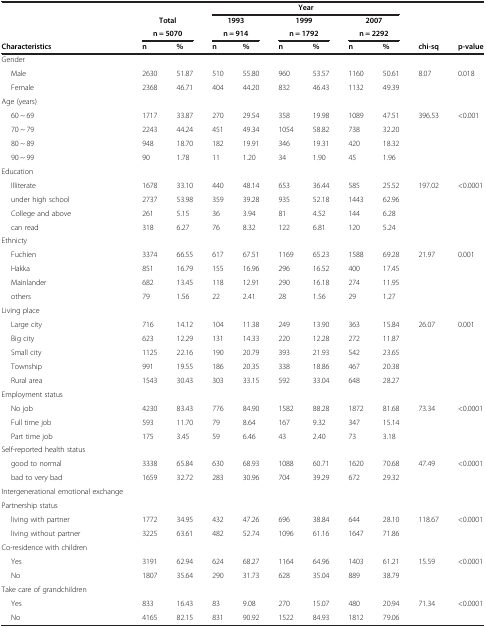
<table><thead><tr><td><b> </b></td><td><b> </b></td><td><b> </b></td><td colspan="6"><b>Year</b></td><td><b> </b></td><td><b> </b></td></tr><tr><td><b> </b></td><td colspan="2"><b>Total</b></td><td colspan="2"><b>1993</b></td><td colspan="2"><b>1999</b></td><td colspan="2"><b>2007</b></td><td><b> </b></td><td><b> </b></td></tr><tr><td><b> </b></td><td colspan="2"><b>n = 5070</b></td><td colspan="2"><b>n = 914</b></td><td colspan="2"><b>n = 1792</b></td><td colspan="2"><b>n = 2292</b></td><td><b> </b></td><td><b> </b></td></tr><tr><td><b>Characteristics</b></td><td><b>n</b></td><td><b>%</b></td><td><b>n</b></td><td><b>%</b></td><td><b>n</b></td><td><b>%</b></td><td><b>n</b></td><td><b>%</b></td><td><b>chi-sq</b></td><td><b>p-value</b></td></tr></thead><tbody><tr><td>Gender</td><td> </td><td> </td><td> </td><td> </td><td> </td><td> </td><td> </td><td> </td><td> </td><td> </td></tr><tr><td>Male</td><td>2630</td><td>51.87</td><td>510</td><td>55.80</td><td>960</td><td>53.57</td><td>1160</td><td>50.61</td><td>8.07</td><td>0.018</td></tr><tr><td>Female</td><td>2368</td><td>46.71</td><td>404</td><td>44.20</td><td>832</td><td>46.43</td><td>1132</td><td>49.39</td><td> </td><td> </td></tr><tr><td>Age (years)</td><td> </td><td> </td><td> </td><td> </td><td> </td><td> </td><td> </td><td> </td><td> </td><td> </td></tr><tr><td>60 ~ 69</td><td>1717</td><td>33.87</td><td>270</td><td>29.54</td><td>358</td><td>19.98</td><td>1089</td><td>47.51</td><td>396.53</td><td>&lt;0.001</td></tr><tr><td>70 ~ 79</td><td>2243</td><td>44.24</td><td>451</td><td>49.34</td><td>1054</td><td>58.82</td><td>738</td><td>32.20</td><td> </td><td> </td></tr><tr><td>80 ~ 89</td><td>948</td><td>18.70</td><td>182</td><td>19.91</td><td>346</td><td>19.31</td><td>420</td><td>18.32</td><td> </td><td> </td></tr><tr><td>90 ~ 99</td><td>90</td><td>1.78</td><td>11</td><td>1.20</td><td>34</td><td>1.90</td><td>45</td><td>1.96</td><td> </td><td> </td></tr><tr><td>Education</td><td> </td><td> </td><td> </td><td> </td><td> </td><td> </td><td> </td><td> </td><td> </td><td> </td></tr><tr><td>Illiterate</td><td>1678</td><td>33.10</td><td>440</td><td>48.14</td><td>653</td><td>36.44</td><td>585</td><td>25.52</td><td>197.02</td><td>&lt;0.0001</td></tr><tr><td>under high school</td><td>2737</td><td>53.98</td><td>359</td><td>39.28</td><td>935</td><td>52.18</td><td>1443</td><td>62.96</td><td> </td><td> </td></tr><tr><td>College and above</td><td>261</td><td>5.15</td><td>36</td><td>3.94</td><td>81</td><td>4.52</td><td>144</td><td>6.28</td><td> </td><td> </td></tr><tr><td>can read</td><td>318</td><td>6.27</td><td>76</td><td>8.32</td><td>122</td><td>6.81</td><td>120</td><td>5.24</td><td> </td><td> </td></tr><tr><td>Ethnicty</td><td> </td><td> </td><td> </td><td> </td><td> </td><td> </td><td> </td><td> </td><td> </td><td> </td></tr><tr><td>Fuchien</td><td>3374</td><td>66.55</td><td>617</td><td>67.51</td><td>1169</td><td>65.23</td><td>1588</td><td>69.28</td><td>21.97</td><td>0.001</td></tr><tr><td>Hakka</td><td>851</td><td>16.79</td><td>155</td><td>16.96</td><td>296</td><td>16.52</td><td>400</td><td>17.45</td><td> </td><td> </td></tr><tr><td>Mainlander</td><td>682</td><td>13.45</td><td>118</td><td>12.91</td><td>290</td><td>16.18</td><td>274</td><td>11.95</td><td> </td><td> </td></tr><tr><td>others</td><td>79</td><td>1.56</td><td>22</td><td>2.41</td><td>28</td><td>1.56</td><td>29</td><td>1.27</td><td> </td><td> </td></tr><tr><td>Living place</td><td> </td><td> </td><td> </td><td> </td><td> </td><td> </td><td> </td><td> </td><td> </td><td> </td></tr><tr><td>Large city</td><td>716</td><td>14.12</td><td>104</td><td>11.38</td><td>249</td><td>13.90</td><td>363</td><td>15.84</td><td>26.07</td><td>0.001</td></tr><tr><td>Big city</td><td>623</td><td>12.29</td><td>131</td><td>14.33</td><td>220</td><td>12.28</td><td>272</td><td>11.87</td><td> </td><td> </td></tr><tr><td>Small city</td><td>1125</td><td>22.16</td><td>190</td><td>20.79</td><td>393</td><td>21.93</td><td>542</td><td>23.65</td><td> </td><td> </td></tr><tr><td>Township</td><td>991</td><td>19.55</td><td>186</td><td>20.35</td><td>338</td><td>18.86</td><td>467</td><td>20.38</td><td> </td><td> </td></tr><tr><td>Rural area</td><td>1543</td><td>30.43</td><td>303</td><td>33.15</td><td>592</td><td>33.04</td><td>648</td><td>28.27</td><td> </td><td> </td></tr><tr><td>Employment status</td><td> </td><td> </td><td> </td><td> </td><td> </td><td> </td><td> </td><td> </td><td> </td><td> </td></tr><tr><td>No job</td><td>4230</td><td>83.43</td><td>776</td><td>84.90</td><td>1582</td><td>88.28</td><td>1872</td><td>81.68</td><td>73.34</td><td>&lt;0.0001</td></tr><tr><td>Full time job</td><td>593</td><td>11.70</td><td>79</td><td>8.64</td><td>167</td><td>9.32</td><td>347</td><td>15.14</td><td> </td><td> </td></tr><tr><td>Part time job</td><td>175</td><td>3.45</td><td>59</td><td>6.46</td><td>43</td><td>2.40</td><td>73</td><td>3.18</td><td> </td><td> </td></tr><tr><td>Self-reported health status</td><td> </td><td> </td><td> </td><td> </td><td> </td><td> </td><td> </td><td> </td><td> </td><td> </td></tr><tr><td>good to normal</td><td>3338</td><td>65.84</td><td>630</td><td>68.93</td><td>1088</td><td>60.71</td><td>1620</td><td>70.68</td><td>47.49</td><td>&lt;0.0001</td></tr><tr><td>bad to very bad</td><td>1659</td><td>32.72</td><td>283</td><td>30.96</td><td>704</td><td>39.29</td><td>672</td><td>29.32</td><td> </td><td> </td></tr><tr><td>Intergenerational emotional exchange</td><td> </td><td> </td><td> </td><td> </td><td> </td><td> </td><td> </td><td> </td><td> </td><td> </td></tr><tr><td>Partnership status</td><td> </td><td> </td><td> </td><td> </td><td> </td><td> </td><td> </td><td> </td><td> </td><td> </td></tr><tr><td>living with partner</td><td>1772</td><td>34.95</td><td>432</td><td>47.26</td><td>696</td><td>38.84</td><td>644</td><td>28.10</td><td>118.67</td><td>&lt;0.0001</td></tr><tr><td>living without partner</td><td>3225</td><td>63.61</td><td>482</td><td>52.74</td><td>1096</td><td>61.16</td><td>1647</td><td>71.86</td><td> </td><td> </td></tr><tr><td>Co-residence with children</td><td> </td><td> </td><td> </td><td> </td><td> </td><td> </td><td> </td><td> </td><td> </td><td> </td></tr><tr><td>Yes</td><td>3191</td><td>62.94</td><td>624</td><td>68.27</td><td>1164</td><td>64.96</td><td>1403</td><td>61.21</td><td>15.59</td><td>&lt;0.0001</td></tr><tr><td>No</td><td>1807</td><td>35.64</td><td>290</td><td>31.73</td><td>628</td><td>35.04</td><td>889</td><td>38.79</td><td> </td><td> </td></tr><tr><td>Take care of grandchildren</td><td> </td><td> </td><td> </td><td> </td><td> </td><td> </td><td> </td><td> </td><td> </td><td> </td></tr><tr><td>Yes</td><td>833</td><td>16.43</td><td>83</td><td>9.08</td><td>270</td><td>15.07</td><td>480</td><td>20.94</td><td>71.34</td><td>&lt;0.0001</td></tr><tr><td>No</td><td>4165</td><td>82.15</td><td>831</td><td>90.92</td><td>1522</td><td>84.93</td><td>1812</td><td>79.06</td><td> </td><td> </td></tr></tbody></table>